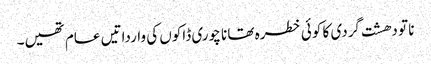
نا تو دھشت گردی کا کوئی خطرہ تھا نا چوری ڈاکوں کی وارداتیں عام تھیں۔